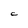
Character: C